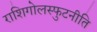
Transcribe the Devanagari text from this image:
राशिगोलस्फुटनीति